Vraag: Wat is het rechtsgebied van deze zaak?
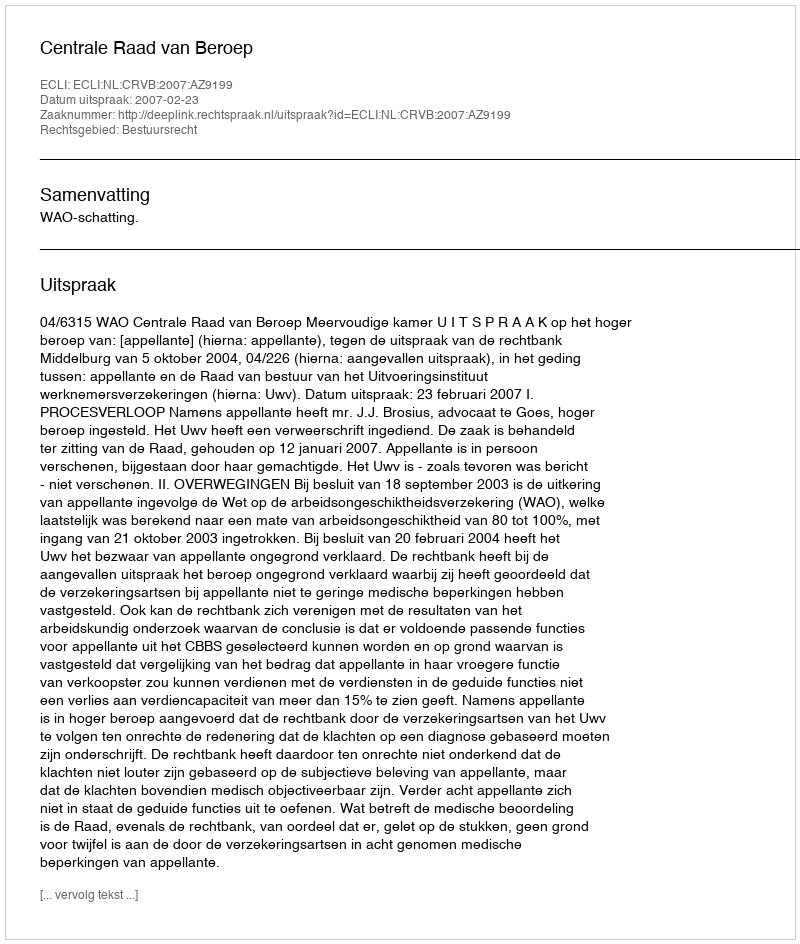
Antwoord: Bestuursrecht